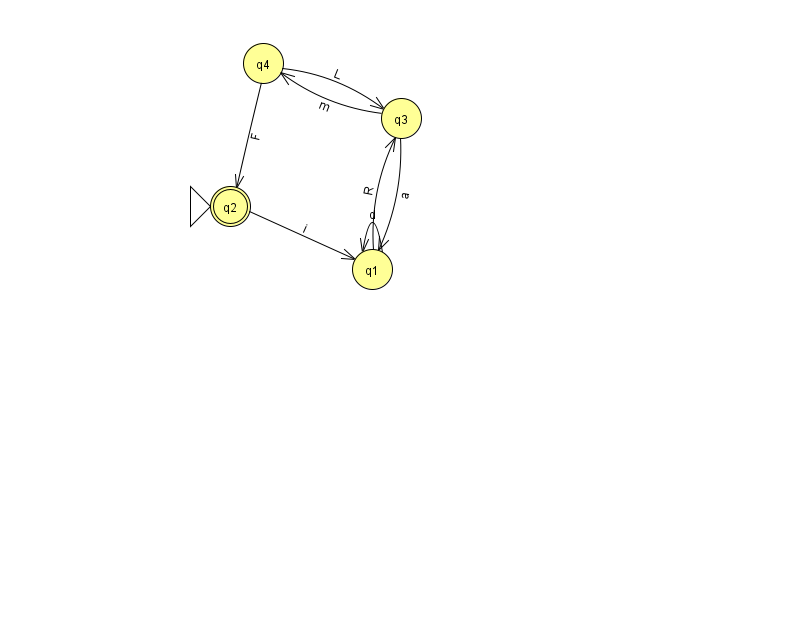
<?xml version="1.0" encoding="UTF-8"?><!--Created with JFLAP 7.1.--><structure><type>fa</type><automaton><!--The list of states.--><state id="1" name="q1"><x>372.0</x><y>256.0</y></state><state id="2" name="q2"><x>230.0</x><y>193.0</y><initial/><final/></state><state id="3" name="q3"><x>401.0</x><y>105.0</y></state><state id="4" name="q4"><x>263.0</x><y>50.0</y></state><!--The list of transitions.--><transition><from>4</from><to>3</to><read>L</read></transition><transition><from>3</from><to>4</to><read>m</read></transition><transition><from>1</from><to>1</to><read>d</read></transition><transition><from>1</from><to>3</to><read>R</read></transition><transition><from>3</from><to>1</to><read>a</read></transition><transition><from>2</from><to>1</to><read>i</read></transition><transition><from>4</from><to>2</to><read>F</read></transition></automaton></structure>